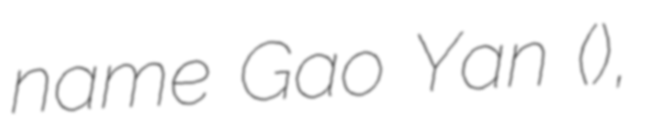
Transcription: name Gao Yan (高演),